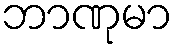
ဘာဏုမာ